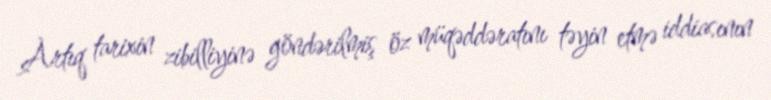
Artıq tarixin zibilliyinə göndərilmiş öz müqəddəratını təyin etmə iddiasının